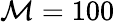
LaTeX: \mathcal{M}=100